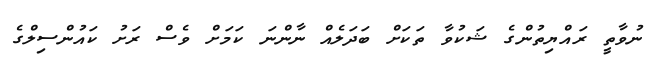
ނުވާތީ ރައްޔިތުންގެ ޝަކުވާ ތަކަށް ބަދަލެއް ނާންނަ ކަމަށް ވެސް ރަށު ކައުންސިލްގެ